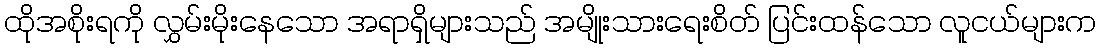
ထိုအစိုးရကို လွှမ်းမိုးနေသော အရာရှိများသည် အမျိုးသားရေးစိတ် ပြင်းထန်သော လူငယ်များက